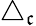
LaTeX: \bigtriangleup_{\mathfrak{c}}